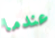
عندما